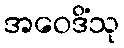
အဝေဒိံသု